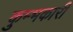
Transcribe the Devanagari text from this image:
कुम्भकारी